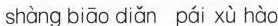
shàng biāo diǎn pái xù hào